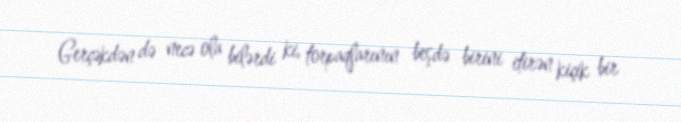
Gerçəkdən də necə ola bilərdi ki, torpaqlarının beşdə birini itirən kiçik bir